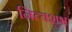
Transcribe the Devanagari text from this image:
नित्यशुभ